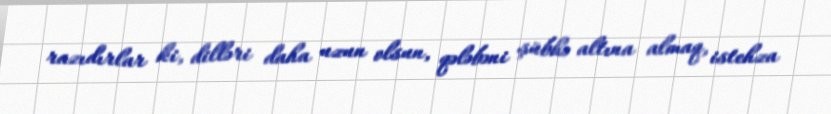
razıdırlar ki, dilləri daha uzun olsun, qələbəni şübhə altına almaq, istehza